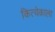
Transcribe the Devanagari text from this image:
कित्येकाला